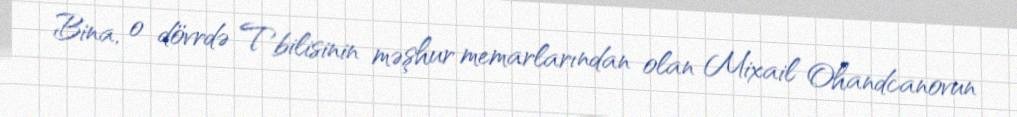
Bina, o dövrdə Tbilisinin məşhur memarlarından olan Mixail Ohandcanovun